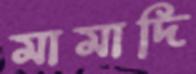
মামাদি